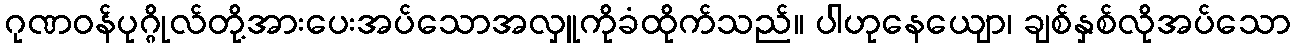
ဂုဏဝန်ပုဂ္ဂိုလ်တို့အားပေးအပ်သောအလှူကိုခံထိုက်သည်။ ပါဟုနေယျော၊ ချစ်နှစ်လိုအပ်သော